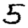
Digit: 5